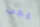
يجب